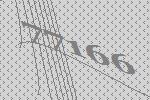
77166